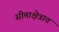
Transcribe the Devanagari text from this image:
सीमाक्षेत्रात